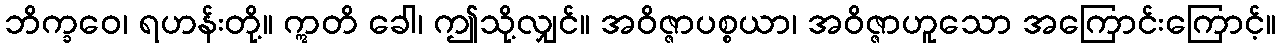
ဘိက္ခဝေ၊ ရဟန်းတို့။ ဣတိ ခေါ၊ ဤသို့လျှင်။ အဝိဇ္ဇာပစ္စယာ၊ အဝိဇ္ဇာဟူသော အကြောင်းကြောင့်။